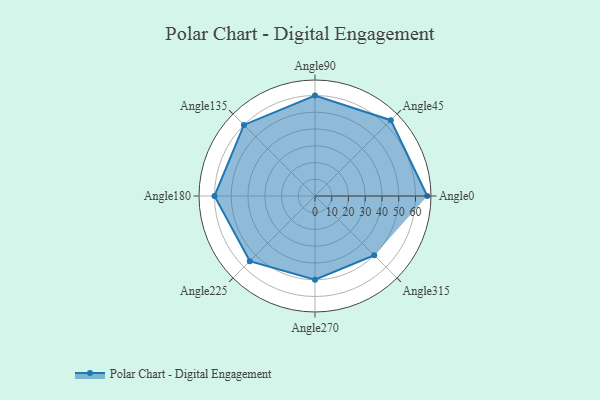
{"axis": {"x": "Angle", "y": "Radius"}, "legend": [""], "data": [{"x": "Angle0", "y": 67.0, "type": ""}, {"x": "Angle45", "y": 64.0, "type": ""}, {"x": "Angle90", "y": 60.0, "type": ""}, {"x": "Angle135", "y": 60.0, "type": ""}, {"x": "Angle180", "y": 60.0, "type": ""}, {"x": "Angle225", "y": 55.0, "type": ""}, {"x": "Angle270", "y": 50.0, "type": ""}, {"x": "Angle315", "y": 50, "type": ""}]}